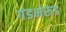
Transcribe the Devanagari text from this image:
गंडभेरूंड